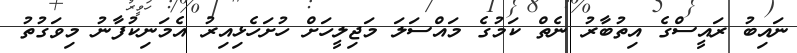
ނައިބު ރައީސްގެ އިތުބާރު ނެތް ކަމުގެ މައްސަލަ މަޖިލީހަށް ހުށަހެޅިއިރު އެމަނިކުފާނު މިވަގުތު